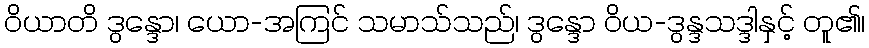
ဝိယာတိ ဒွန္ဒော၊ ယော-အကြင် သမာသ်သည်၊ ဒွန္ဒော ဝိယ-ဒွန္ဒသဒ္ဒါနှင့် တူ၏၊